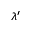
\lambda ^ { \prime }